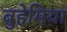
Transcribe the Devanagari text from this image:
बुहेमिया